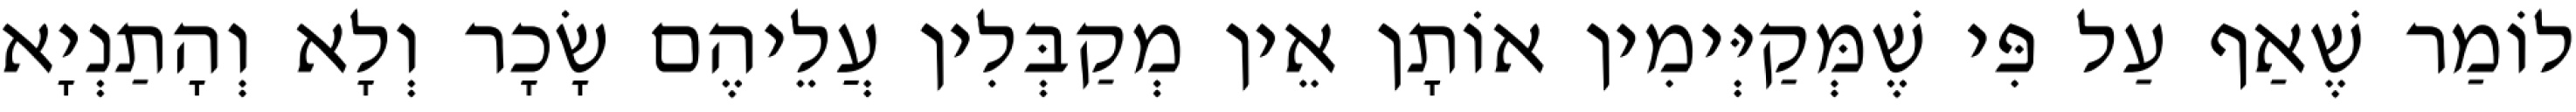
לוֹמַר שֶׁאַף עַל פִּי שֶׁמְּקַיְּימִין אוֹתָן אֵין מְקַבְּלִין עֲלֵיהֶם שָׂכָר וְלָא וְהָתַנְיָא